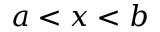
a < x < b